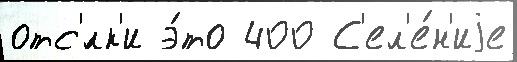
отс'́лк'и э́то 400 С'ел'е́н'иjе